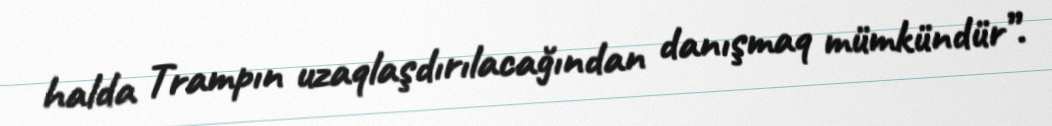
halda Trampın uzaqlaşdırılacağından danışmaq mümkündür”.